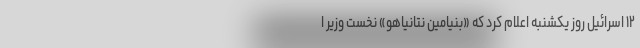
۱۲ اسرائیل روز یکشنبه اعلام کرد که «بنیامین نتانیاهو» نخست وزیر ا